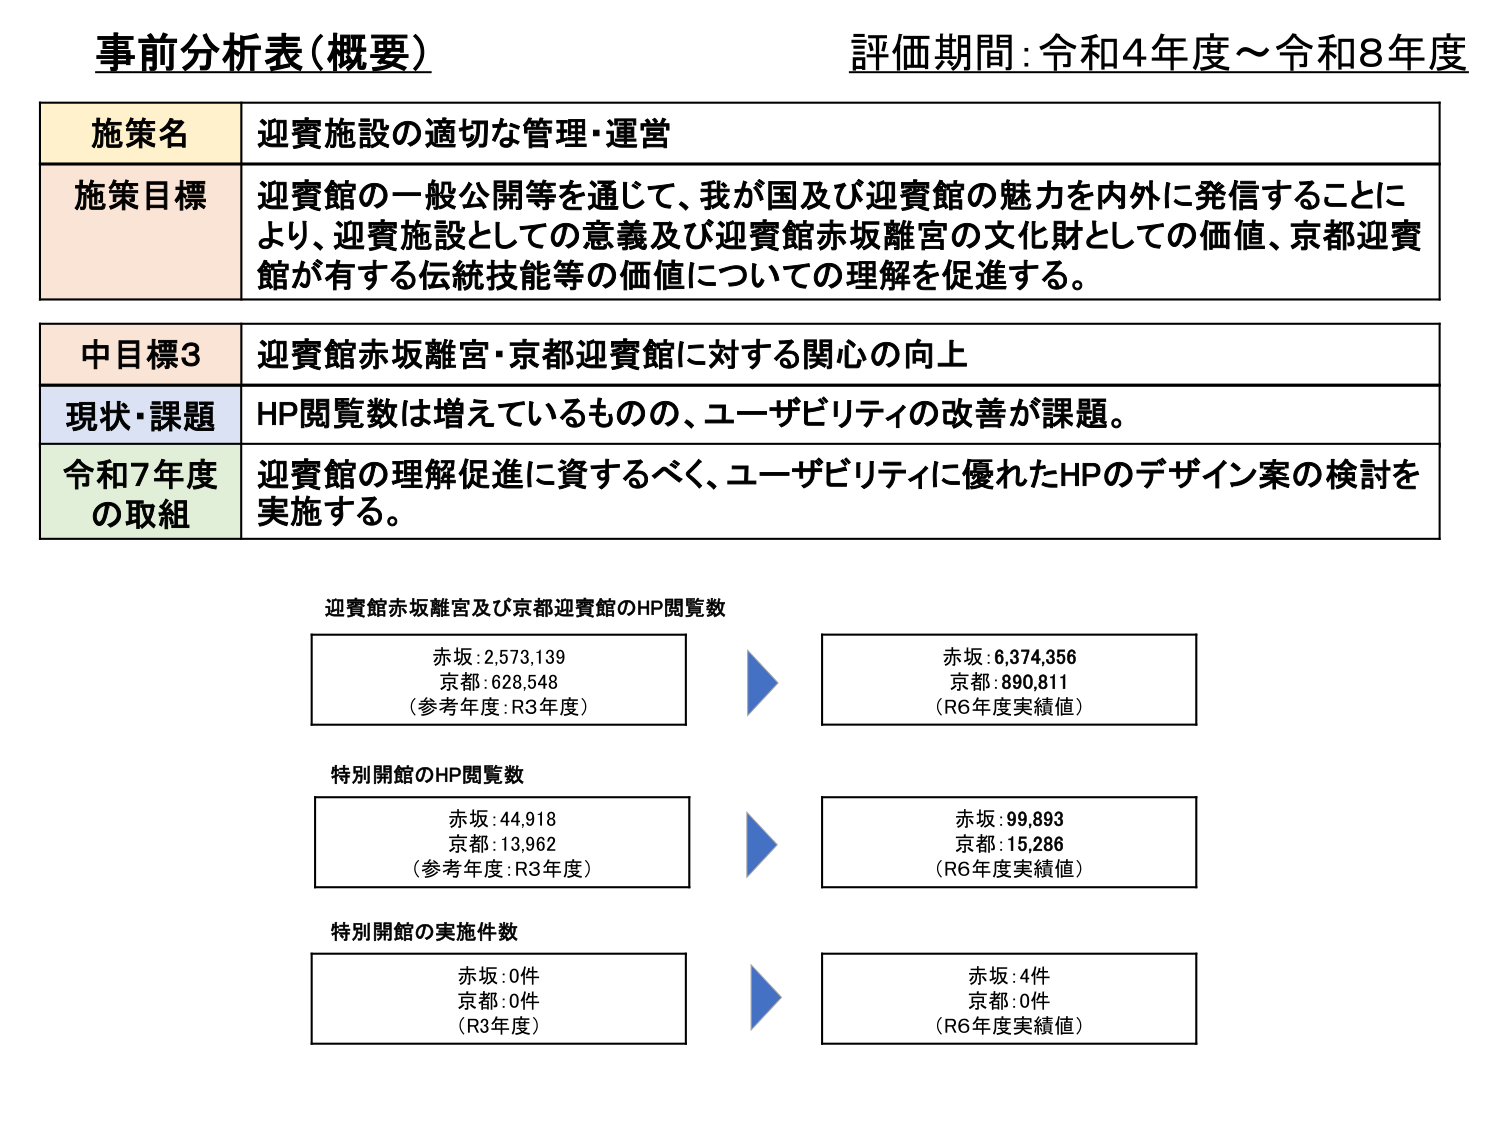
事前分析表（概要）
評価期間：令和4年度～令和8年度

施策名　迎賓施設の適切な管理・運営
施策目標　迎賓館の一般公開等を通じて、我が国及び迎賓館の魅力を内外に発信することにより、迎賓施設としての意義及び迎賓館赤坂離宮の文化財としての価値、京都迎賓館が有する伝統技能等の価値についての理解を促進する。

中目標3　迎賓館赤坂離宮・京都迎賓館に対する関心の向上
現状・課題　HP閲覧数は増えているものの、ユーザビリティの改善が課題。
令和7年度の取組　迎賓館の理解促進に資するべく、ユーザビリティに優れたHPのデザイン案の検討を実施する。

迎賓館赤坂離宮及び京都迎賓館のHP閲覧数
　赤坂：2,573,139
　京都：628,548
　（参考年度：R3年度）
　→
　赤坂：6,374,356
　京都：890,811
　（R6年度実績値）

特別開館のHP閲覧数
　赤坂：44,918
　京都：13,962
　（参考年度：R3年度）
　→
　赤坂：99,893
　京都：15,286
　（R6年度実績値）

特別開館の実施件数
　赤坂：0件
　京都：0件
　（R3年度）
　→
　赤坂：4件
　京都：0件
　（R6年度実績値）